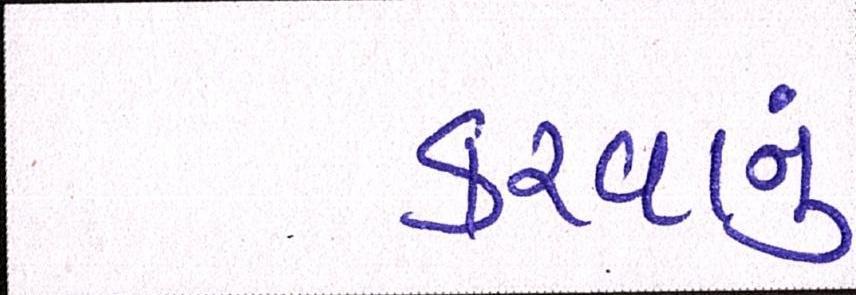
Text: કરવાનું